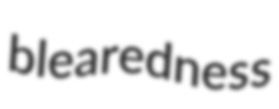
blearedness